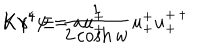
LaTeX: K \gamma ^ { 4 } \equiv \frac { 1 } { 2 \cosh { w } } u _ { + } ^ { + } u _ { + } ^ { + \: \dagger } \hspace { 1 c m } K \gamma ^ { 4 } \psi = a u _ { + } ^ { + }